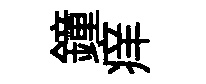
鐘痒